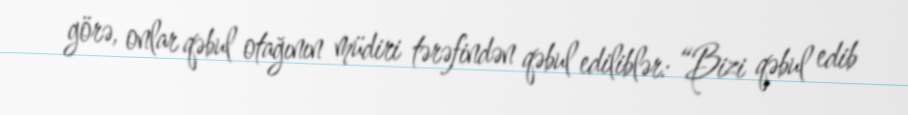
görə, onlar qəbul otağının müdiri tərəfindən qəbul ediliblər: “Bizi qəbul edib